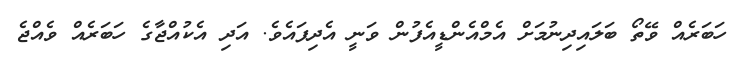
ހަބަރެއް ވޭތޯ ބަލައިދިނުމަށް އެމްއެންޑީއެފުން ވަނީ އެދިފައެވެ. އަދި އެކުއްޖާގެ ހަބަރެއް ވެއްޖެ